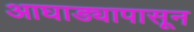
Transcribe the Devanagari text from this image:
आघाड्यापासून